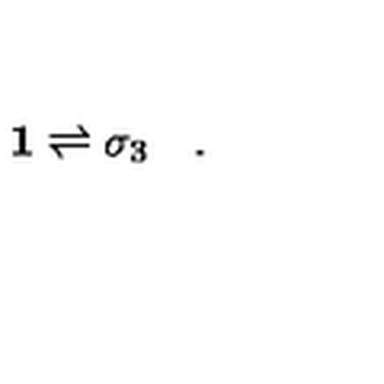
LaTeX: \mathbf { 1 } \rightleftharpoons \sigma _ { 3 } \quad .